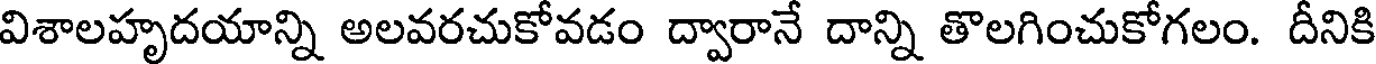
విశాలహృదయాన్ని అలవరచుకోవడం ద్వారానే దాన్ని తొలగించుకోగలం. దీనికి